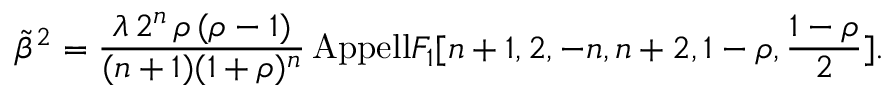
\tilde { \beta } ^ { 2 } = \frac { \lambda \, 2 ^ { n } \, \rho \, ( \rho - 1 ) } { ( n + 1 ) ( 1 + \rho ) ^ { n } } \, \mathrm { { A p p e l l } } F _ { 1 } [ n + 1 , 2 , - n , n + 2 , 1 - \rho , \frac { 1 - \rho } { 2 } ] .